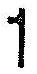
1